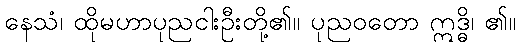
နေသံ၊ ထိုမဟာပုညငါးဦးတို့၏။ ပုညဝတော ဣဒ္ဓိ၊ ၏။